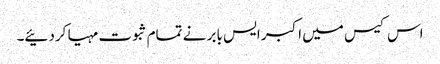
اس کیس میں اکبر ایس بابر نے تمام ثبوت مہیا کردئیے۔